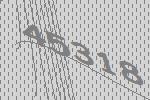
45318